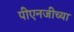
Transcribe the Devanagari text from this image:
पीएनजीच्या